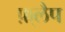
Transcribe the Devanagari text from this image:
फ़्लैप